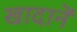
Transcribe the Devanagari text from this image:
खादानें